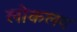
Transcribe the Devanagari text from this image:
लोकलय